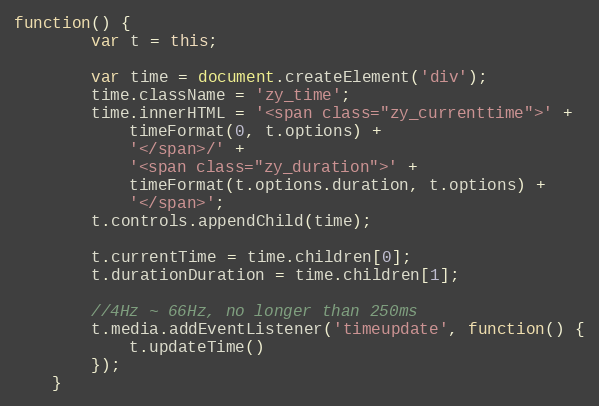
Language: JavaScript
function() {
		var t = this;

		var time = document.createElement('div');
		time.className = 'zy_time';
		time.innerHTML = '<span class="zy_currenttime">' +
			timeFormat(0, t.options) +
			'</span>/' +
			'<span class="zy_duration">' +
			timeFormat(t.options.duration, t.options) +
			'</span>';
		t.controls.appendChild(time);

		t.currentTime = time.children[0];
		t.durationDuration = time.children[1];

		//4Hz ~ 66Hz, no longer than 250ms
		t.media.addEventListener('timeupdate', function() {
			t.updateTime()
		});
	}